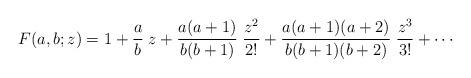
LaTeX: \begin{align*}F(a,b;z) = 1 +{a\over b}\; z + {a(a+1)\over b(b+1)}\; {z^2\over 2!} + {a(a+1)(a+2)\over b(b+1)(b+2)}\; {z^3\over 3!} + \cdots\end{align*}